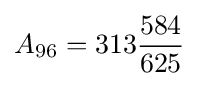
{}A_{96}=313{584 \over 625}